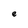
Character: e